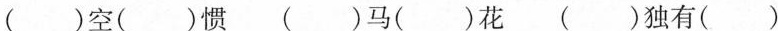
( )空( )惯 ( )马( )花 ( )独有( )